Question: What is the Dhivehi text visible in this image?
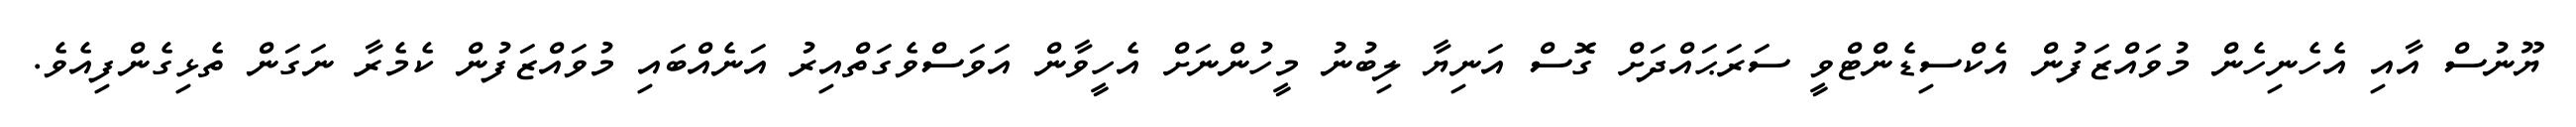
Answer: ޔޫނުސް އާއި އެހެނިހެން މުވައްޒަފުން އެކްސިޑެންޓްވީ ސަރަޙައްދަށް ގޮސް އަނިޔާ ލިބުނު މީހުންނަށް އެހީވާން އަވަސްވެގަތްއިރު އަނެއްބައި މުވައްޒަފުން ކެމެރާ ނަގަން ތެޅިގެންފިއެވެ.